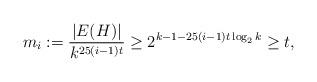
LaTeX: \begin{align*} m_i:=\frac{|E(H)|}{k^{25(i-1)t}}\ge 2^{k-1-25(i-1)t\log_2 k} \ge t,\end{align*}